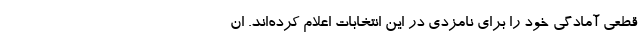
قطعی آمادگی خود را برای نامزدی در این انتخابات اعلام کرده‌اند. ان